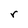
Character: r